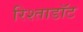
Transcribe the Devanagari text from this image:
रिश्ताडॉट